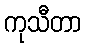
ကုသီတာ